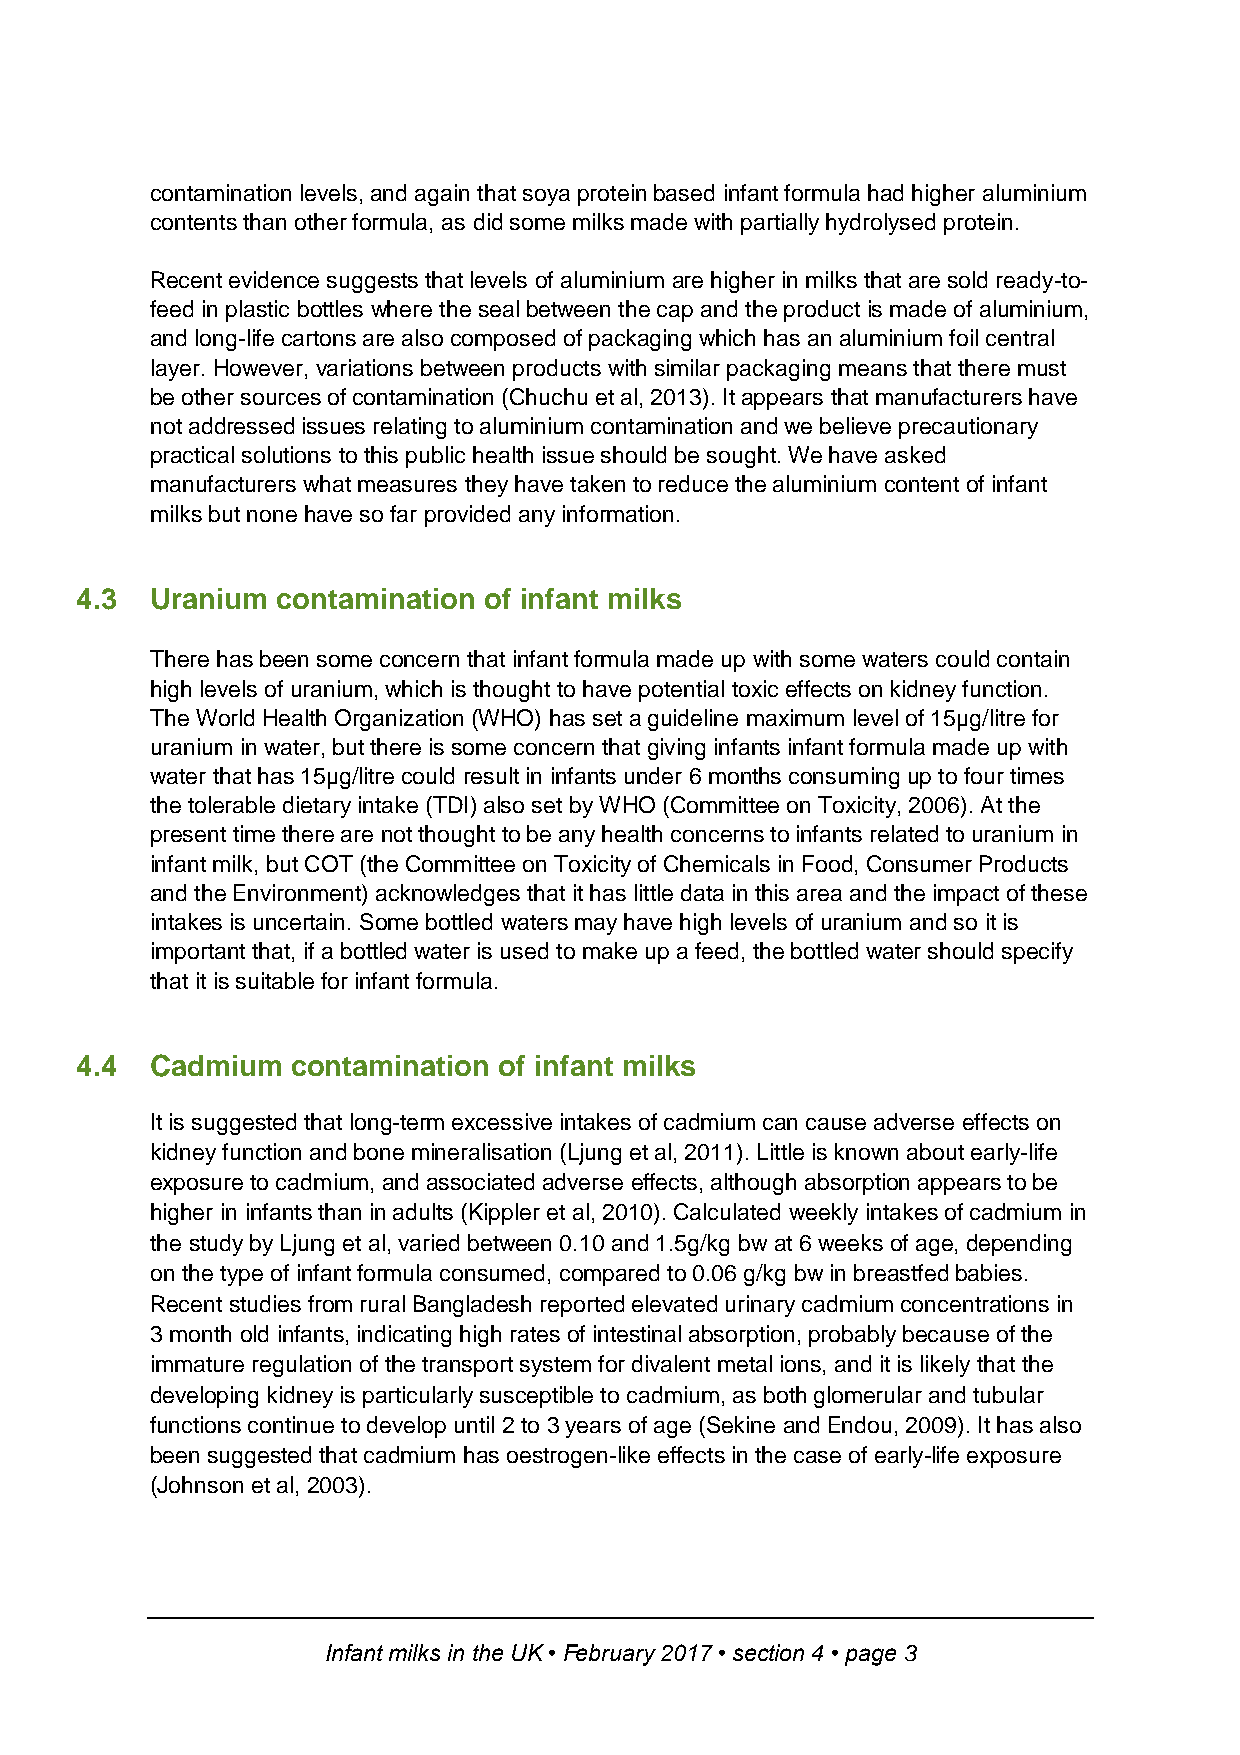
contamination levels, and again that soya protein based infant formula had higher aluminium
 contents than other formula, as did some milks made with partially hydrolysed protein.
 Recent evidence suggests that levels of aluminium are higher in milks that are sold ready-to-
 feed in plastic bottles where the seal between the cap and the product is made of aluminium,
 and long-life cartons are also composed of packaging which has an aluminium foil central
 layer. However, variations between products with similar packaging means that there must
 be other sources of contamination (Chuchu et al, 2013). It appears that manufacturers have
 not addressed issues relating to aluminium contamination and we believe precautionary
 practical solutions to this public health issue should be sought. We have asked
 manufacturers what measures they have taken to reduce the aluminium content of infant
 milks but none have so far provided any information.
 4.3  Uranium contamination of infant milks
 There has been some concern that infant formula made up with some waters could contain
 high levels of uranium, which is thought to have potential toxic effects on kidney function.
 The World Health Organization (WHO) has set a guideline maximum level of 15µg/litre for
 uranium in water, but there is some concern that giving infants infant formula made up with
 water that has 15µg/litre could result in infants under 6 months consuming up to four times
 the tolerable dietary intake (TDI) also set by WHO (Committee on Toxicity, 2006). At the
 present time there are not thought to be any health concerns to infants related to uranium in
 infant milk, but COT (the Committee on Toxicity of Chemicals in Food, Consumer Products
 and the Environment) acknowledges that it has little data in this area and the impact of these
 intakes is uncertain. Some bottled waters may have high levels of uranium and so it is
 important that, if a bottled water is used to make up a feed, the bottled water should specify
 that it is suitable for infant formula.
 4.4  Cadmium  contamination of infant milks
 It is suggested that long-term excessive intakes of cadmium can cause adverse effects on
 kidney function and bone mineralisation (Ljung et al, 2011). Little is known about early-life
 exposure to cadmium, and associated adverse effects, although absorption appears to be
 higher in infants than in adults (Kippler et al, 2010). Calculated weekly intakes of cadmium in
 the study by Ljung et al, varied between 0.10 and 1.5g/kg bw at 6 weeks of age, depending
 on the type of infant formula consumed, compared to 0.06 g/kg bw in breastfed babies.
 Recent studies from rural Bangladesh reported elevated urinary cadmium concentrations in
 3 month old infants, indicating high rates of intestinal absorption, probably because of the
 immature regulation of the transport system for divalent metal ions, and it is likely that the
 developing kidney is particularly susceptible to cadmium, as both glomerular and tubular
 functions continue to develop until 2 to 3 years of age (Sekine and Endou, 2009). It has also
 been suggested that cadmium has oestrogen-like effects in the case of early-life exposure
 (Johnson et al, 2003).
 Infant milks in the UK • February 2017 • section 4 • page 3